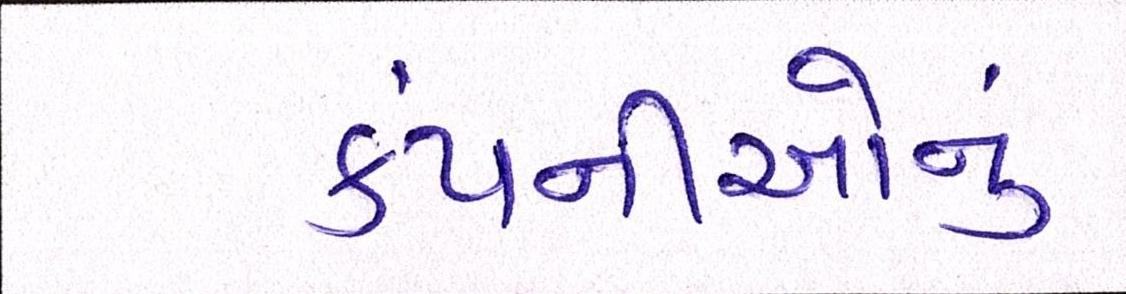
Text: કંપનીઓનું